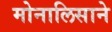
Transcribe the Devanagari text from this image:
मोनालिसाने